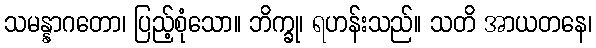
သမန္နာဂတော၊ ပြည့်စုံသော။ ဘိက္ခု၊ ရဟန်းသည်။ သတိ အာယတနေ၊